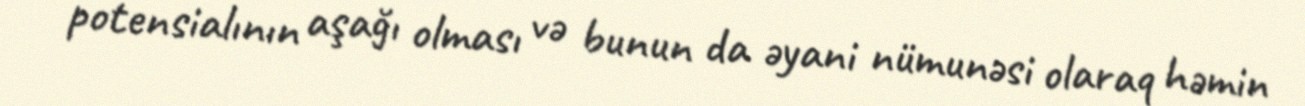
potensialının aşağı olması və bunun da əyani nümunəsi olaraq həmin